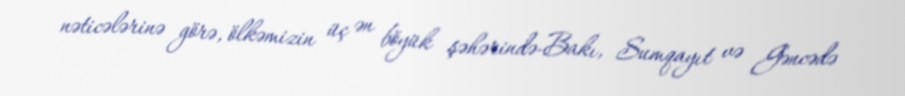
nəticələrinə görə, ölkəmizin üç ən böyük şəhərində-Bakı, Sumqayıt və Gəncədə